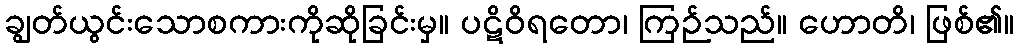
ချွတ်ယွင်းသောစကားကိုဆိုခြင်းမှ။ ပဋိဝိရတော၊ ကြဉ်သည်။ ဟောတိ၊ ဖြစ်၏။